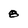
Character: 8